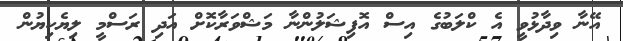
އޭނާ ވިދާޅުވީ އެ ކްލަބުގެ އިސް އޮފިޝަލުންނާ މަޝްވަރާކޮށް އަދި ރަސްމީ ލިޔެކިޔުން